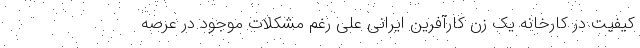
کیفیت در کارخانه یک زن کارآفرین ایرانی علی رغم مشکلات موجود در عرصه